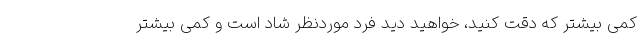
کمی بیشتر که دقت کنید، خواهید دید فرد موردنظر شاد است و کمی بیشتر